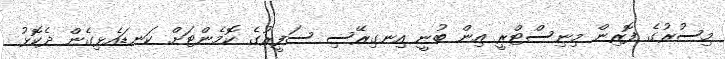
މިސުރުގެ ފޮރިން މިނިސްޓްރީ އިން ބުނީ އިނގިރޭސި ސަފީރުގެ ކޮމެންޓަށް ކަނޑައެޅިގެން ދެކޮޅު